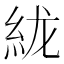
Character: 𰫞